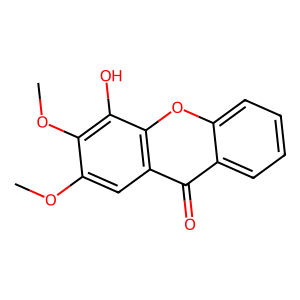
SMILES: COc1cc2c(=O)c3ccccc3oc2c(O)c1OC
Inhibits HIV replication: No